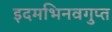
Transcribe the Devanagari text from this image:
इदमभिनवगुप्त